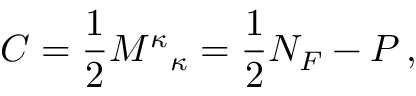
C = \frac { 1 } { 2 } { M ^ { \kappa } } _ { \kappa } = \frac { 1 } { 2 } N _ { F } - P \, ,